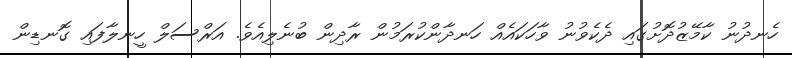
ހެނދުނު ކާމޭޒުދޮށުގައި ދެކެވުނު ވާހަކައެއް ހަނދާންކުރަމުން ރާދިން ބުނެލިއެވެ. އަރްސަލް ހީނލާފައި ގޮނޑިން